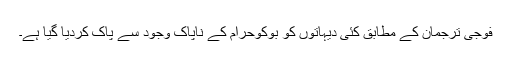
فوجی ترجمان کے مطابق کئی دیہاتوں کو بوکوحرام کے ناپاک وجود سے پاک کردیا گیا ہے۔